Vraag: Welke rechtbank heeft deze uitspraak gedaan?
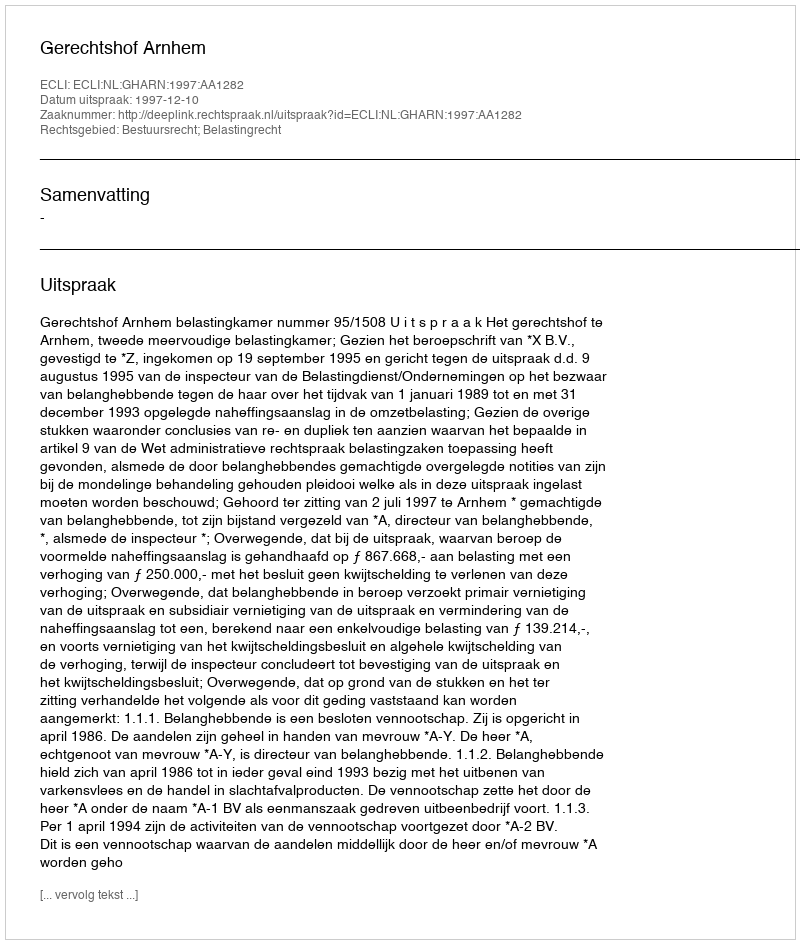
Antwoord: Gerechtshof Arnhem